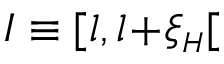
{ \cal I } \equiv [ l , l \! + \! \xi _ { { \scriptscriptstyle H } } [